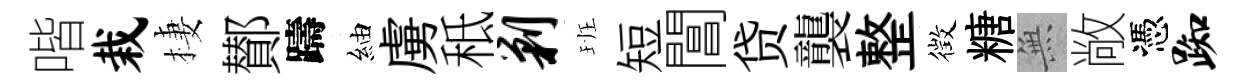
喈栽棲鄼躊紬虜秪剿班短閶贷襲整徴糖𭴾敞憑踟